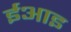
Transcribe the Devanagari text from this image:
ईआइ